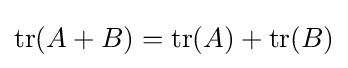
\operatorname {tr} (A+B)=\operatorname {tr} (A)+\operatorname {tr} (B)